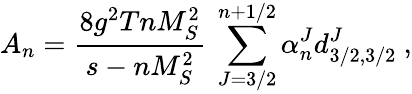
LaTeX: A_{n}=\frac{8g^{2}TnM_{S}^{2}}{s-nM_{S}^{2}}\mathrm{~}\sum_{J=3/2}^{n+1/2}\alpha_{n}^{J}d_{3/2,3/2}^{J}\ ,